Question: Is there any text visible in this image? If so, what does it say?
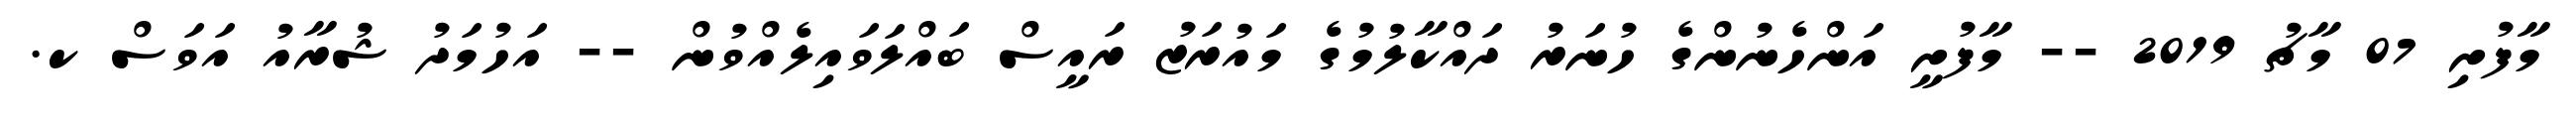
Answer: މާފުށި 07 މާޗު 2019 -- މާފުށީ އަންހެނުންގެ ހުނަރު ދައްކާލުމުގެ މައުރަޒު ރައީސް ބައްލަވައިލެއްވުން -- އަހުމަދު ޝުރާއު އަވަސް ކ.